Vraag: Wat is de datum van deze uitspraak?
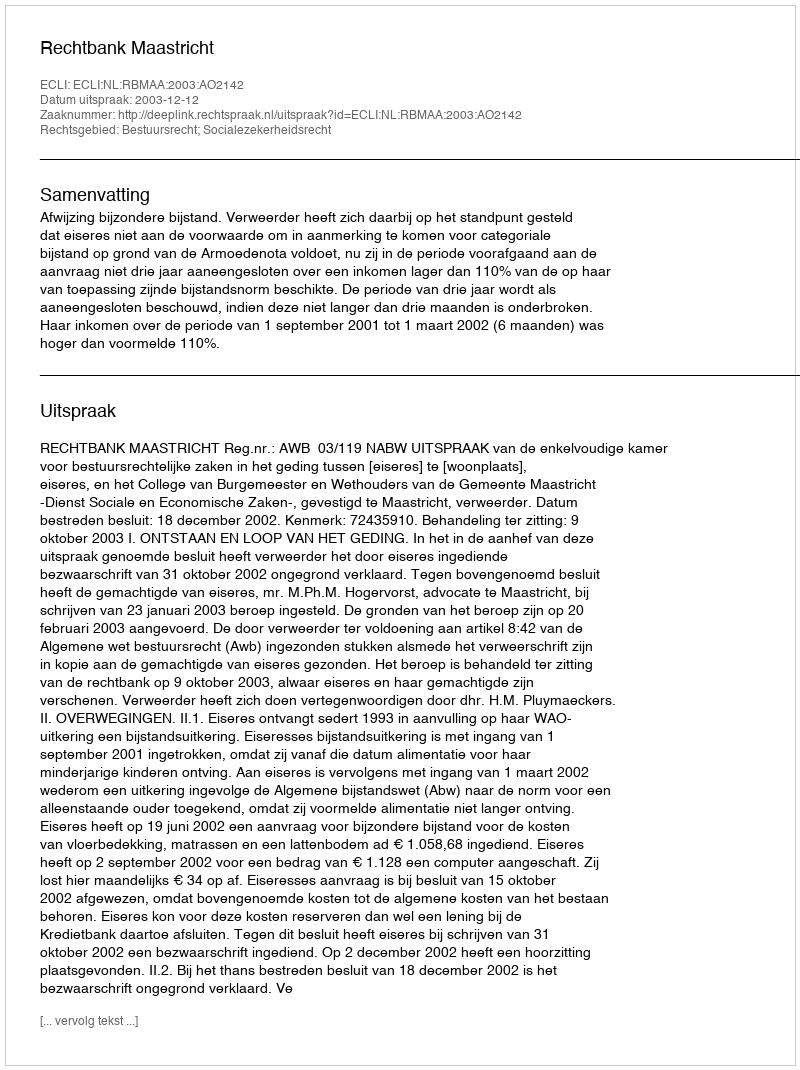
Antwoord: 2003-12-12